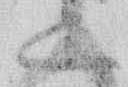
二